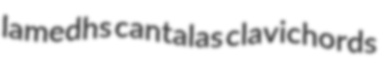
lamedhs cantalas clavichords